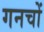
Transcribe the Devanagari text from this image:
गनचों